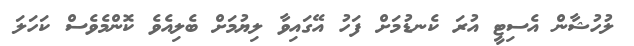
ލުހުޝާން އެސިޓީ އުރަ ކެނޑުމަށް ފަހު އޭގައިވާ ލިޔުމަށް ބެލިއެވެ ކޮންމެވެސް ކަހަލަ